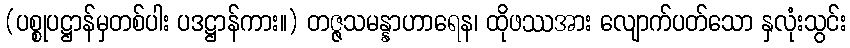
(ပစ္စုပဋ္ဌာန်မှတစ်ပါး ပဒဋ္ဌာန်ကား။) တဇ္ဇသမန္နာဟာရေန၊ ထိုဖဿအား လျောက်ပတ်သော နှလုံးသွင်း